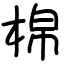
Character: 棉